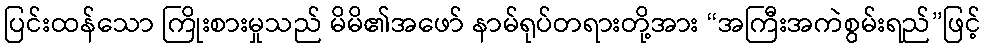
ပြင်းထန်သော ကြိုးစားမှုသည် မိမိ၏အဖော် နာမ်ရုပ်တရားတို့အား “အကြီးအကဲစွမ်းရည်”ဖြင့်